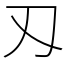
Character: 刄